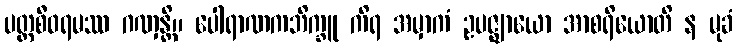
ပတ္တစီဝရမဿ ဂဏှန္တိ။ ပေါရာဏကဘိက္ခူ ကိရ အမှာကံ ဥပဇ္ဈာယော အာစရိယောတိ န မုခံ